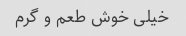
خیلی خوش طعم و گرم